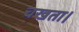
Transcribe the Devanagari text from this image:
चखता।